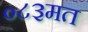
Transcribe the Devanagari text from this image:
०८३मत